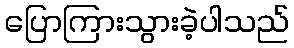
ပြောကြားသွားခဲ့ပါသည်